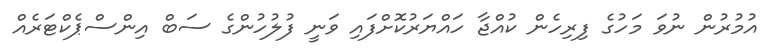
އުމުރުން ނުވަ މަހުގެ ފިރިހެން ކުއްޖާ ހައްޔަރުކޮށްފައި ވަނީ ފުލުހުންގެ ސަބް އިންސްޕެކްޓަރެއް